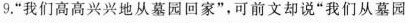
9.”我们高高兴兴地从墓园回家”，可前文却说”我们从墓园